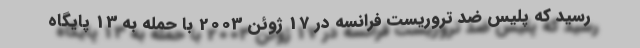
رسید که پلیس ضد تروریست فرانسه در 17 ژوئن 2003 با حمله به 13 پایگاه